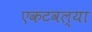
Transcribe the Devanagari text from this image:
एकटवल्या